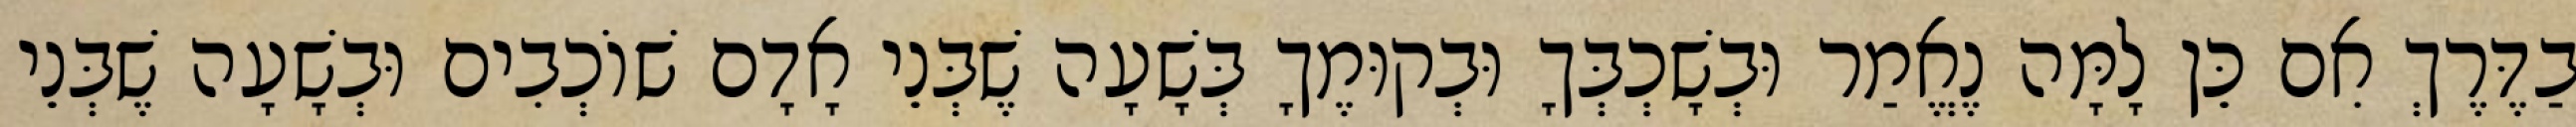
בַדֶּרֶךְ אִם כֵּן לָמָּה נֶאֱמַר וּבְשָׁכְבְּךָ וּבְקוּמֶךָ בְּשָׁעָה שֶׁבְּנֵי אָדָם שׁוֹכְבִים וּבְשָׁעָה שֶׁבְּנֵי